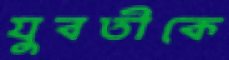
যুবতীকে